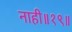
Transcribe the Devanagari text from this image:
नाही॥१९॥